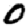
Digit: 0